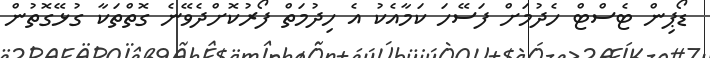
ޑޯޕިން ޓެސްޓް ހެދުމަށް ފަސޭހަ ކަމާއެކު އެ ހިދުމަތް ފޯރުކޮށްދެވޭނެ ގޮތްތަކާ ގުޅޭގޮތުން